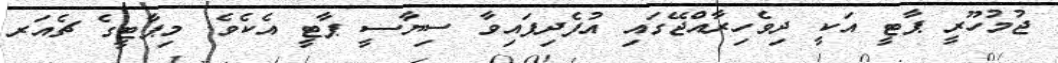
ޖުމުހޫރީ ޕާޓީ އަކީ ދިވެހިރާއްޖޭގައި އުފެދިފައިވާ ސިޔާސީ ޕާޓީ އެކެވެ. މިޕާޓީގެ ޗެއަރ